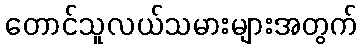
တောင်သူလယ်သမားများအတွက်